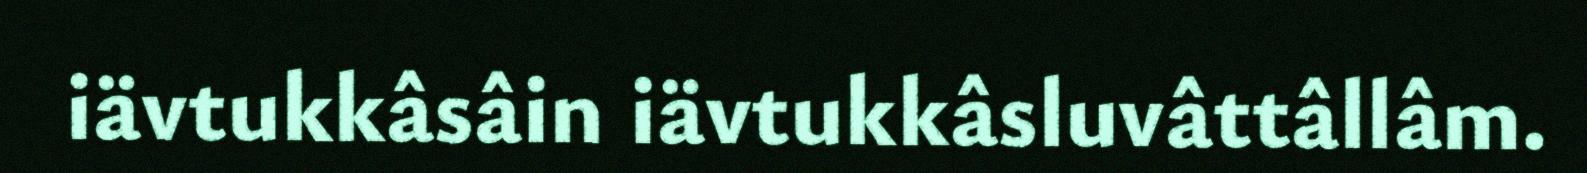
iävtukkâsâin iävtukkâsluvâttâllâm.